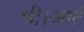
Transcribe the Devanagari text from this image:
थी।आर्ट